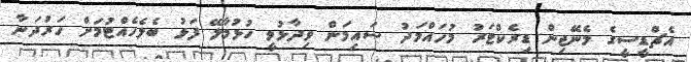
އެޗްޑީސީގެ މެނޭޖިން ޑިރެކްޓަރު މުހައްމަދު ސައިމަން ވިދާޅުވީ ހުޅުމާލޭ ފަޅު ބެލެހެއްޓުމަށް ހަރުދަނާ